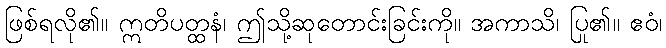
ဖြစ်ရလို၏။ ဣတိပတ္ထနံ၊ ဤသို့ဆုတောင်းခြင်းကို။ အကာသိ၊ ပြု၏။ ဧဝံ၊